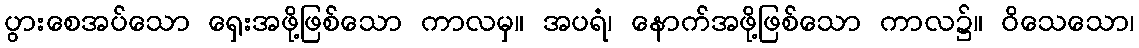
ပွားစေအပ်သော ရှေးအဖို့ဖြစ်သော ကာလမှ။ အပရံ၊ နောက်အဖို့ဖြစ်သော ကာလ၌။ ဝိသေသော၊